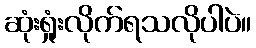
ဆုံးရှုံးလိုက်ရသလိုပါပဲ။